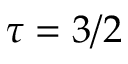
\tau = 3 / 2